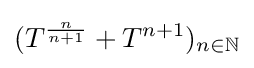
(T^{\frac {n}{n+1}}+T^{n+1})_{n\in \mathbb {N} }